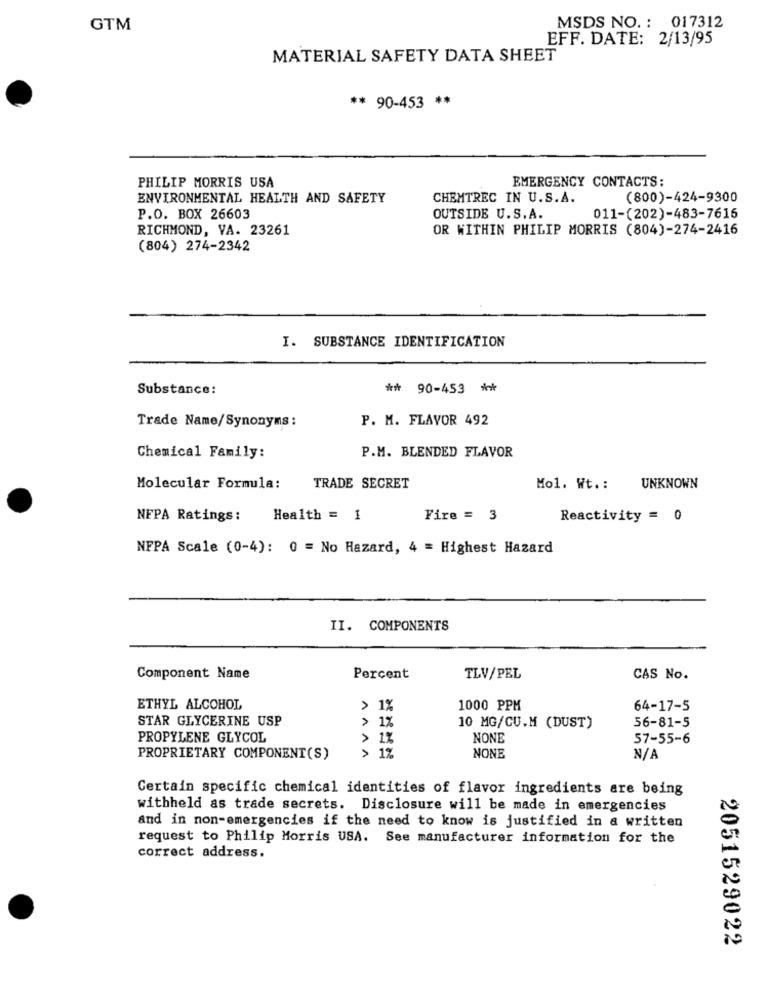
GTM
MSDS NO. : 017312
EFF. DATE: 2/13/95
MATERIAL SAFETY DATA SHEET
** 90-453 **
EMERGENCY CONTACTS:
PHILIP MORRIS USA
ENVIRONMENTAL HEALTH AND SAFETY
CHEMTREC IN U.S.A.
(800)-424-9300
P.O. BOX 26603
OUTSIDE U.S.A.
011-(202)-483-7616
RICHMOND, VA. 23261
OR WITHIN PHILIP MORRIS (804)-274-2416
(804) 274-2342
I. SUBSTANCE IDENTIFICATION
Substance:
** 90-453 **
P. M. FLAVOR 492
Trade Name/Synonyms :
P.M. BLENDED FLAVOR
Chemical Family:
Molecular Formula:
TRADE SECRET
Mol. Wt .: UNKNOWN
NFPA Ratings:
Health = 1
Fire = 3
Reactivity = 0
NFPA Scale (0-4): 0 = No Hazard, 4 = Highest Hazard
II. COMPONENTS
Component Name
Percent
TLV/PEL
CAS No.
ETHYL ALCOHOL
> 1%
1000 PPM
64-17-5
STAR GLYCERINE USP
> 1%
10 MG/CU.M (DUST)
56-81-5
PROPYLENE GLYCOL
1%
NONE
57-55-6
> 1%
PROPRIETARY COMPONENT(S)
NONE
Certain specific chemical identities of flavor ingredients are being
withheld as trade secrets. Disclosure will be made in emergencies
and in non-emergencies if the need to know is justified in a written
request to Philip Morris USA. See manufacturer information for the
correct address.
2051529022